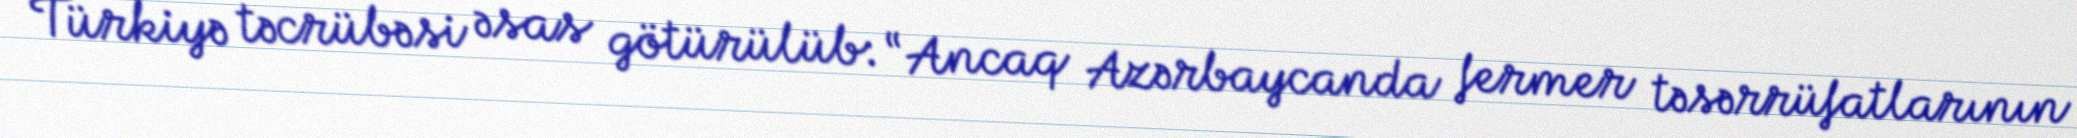
Türkiyə təcrübəsi əsas götürülüb: “Ancaq Azərbaycanda fermer təsərrüfatlarının